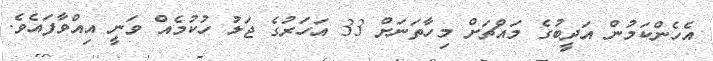
އެހެންކަމުން އަދީބުގެ މައްޗަށް މިހާތަނަށް 33 އަހަރުގެ ޖަލު ހުކުމެއް ވަނީ އިއްވާފައެވެ.